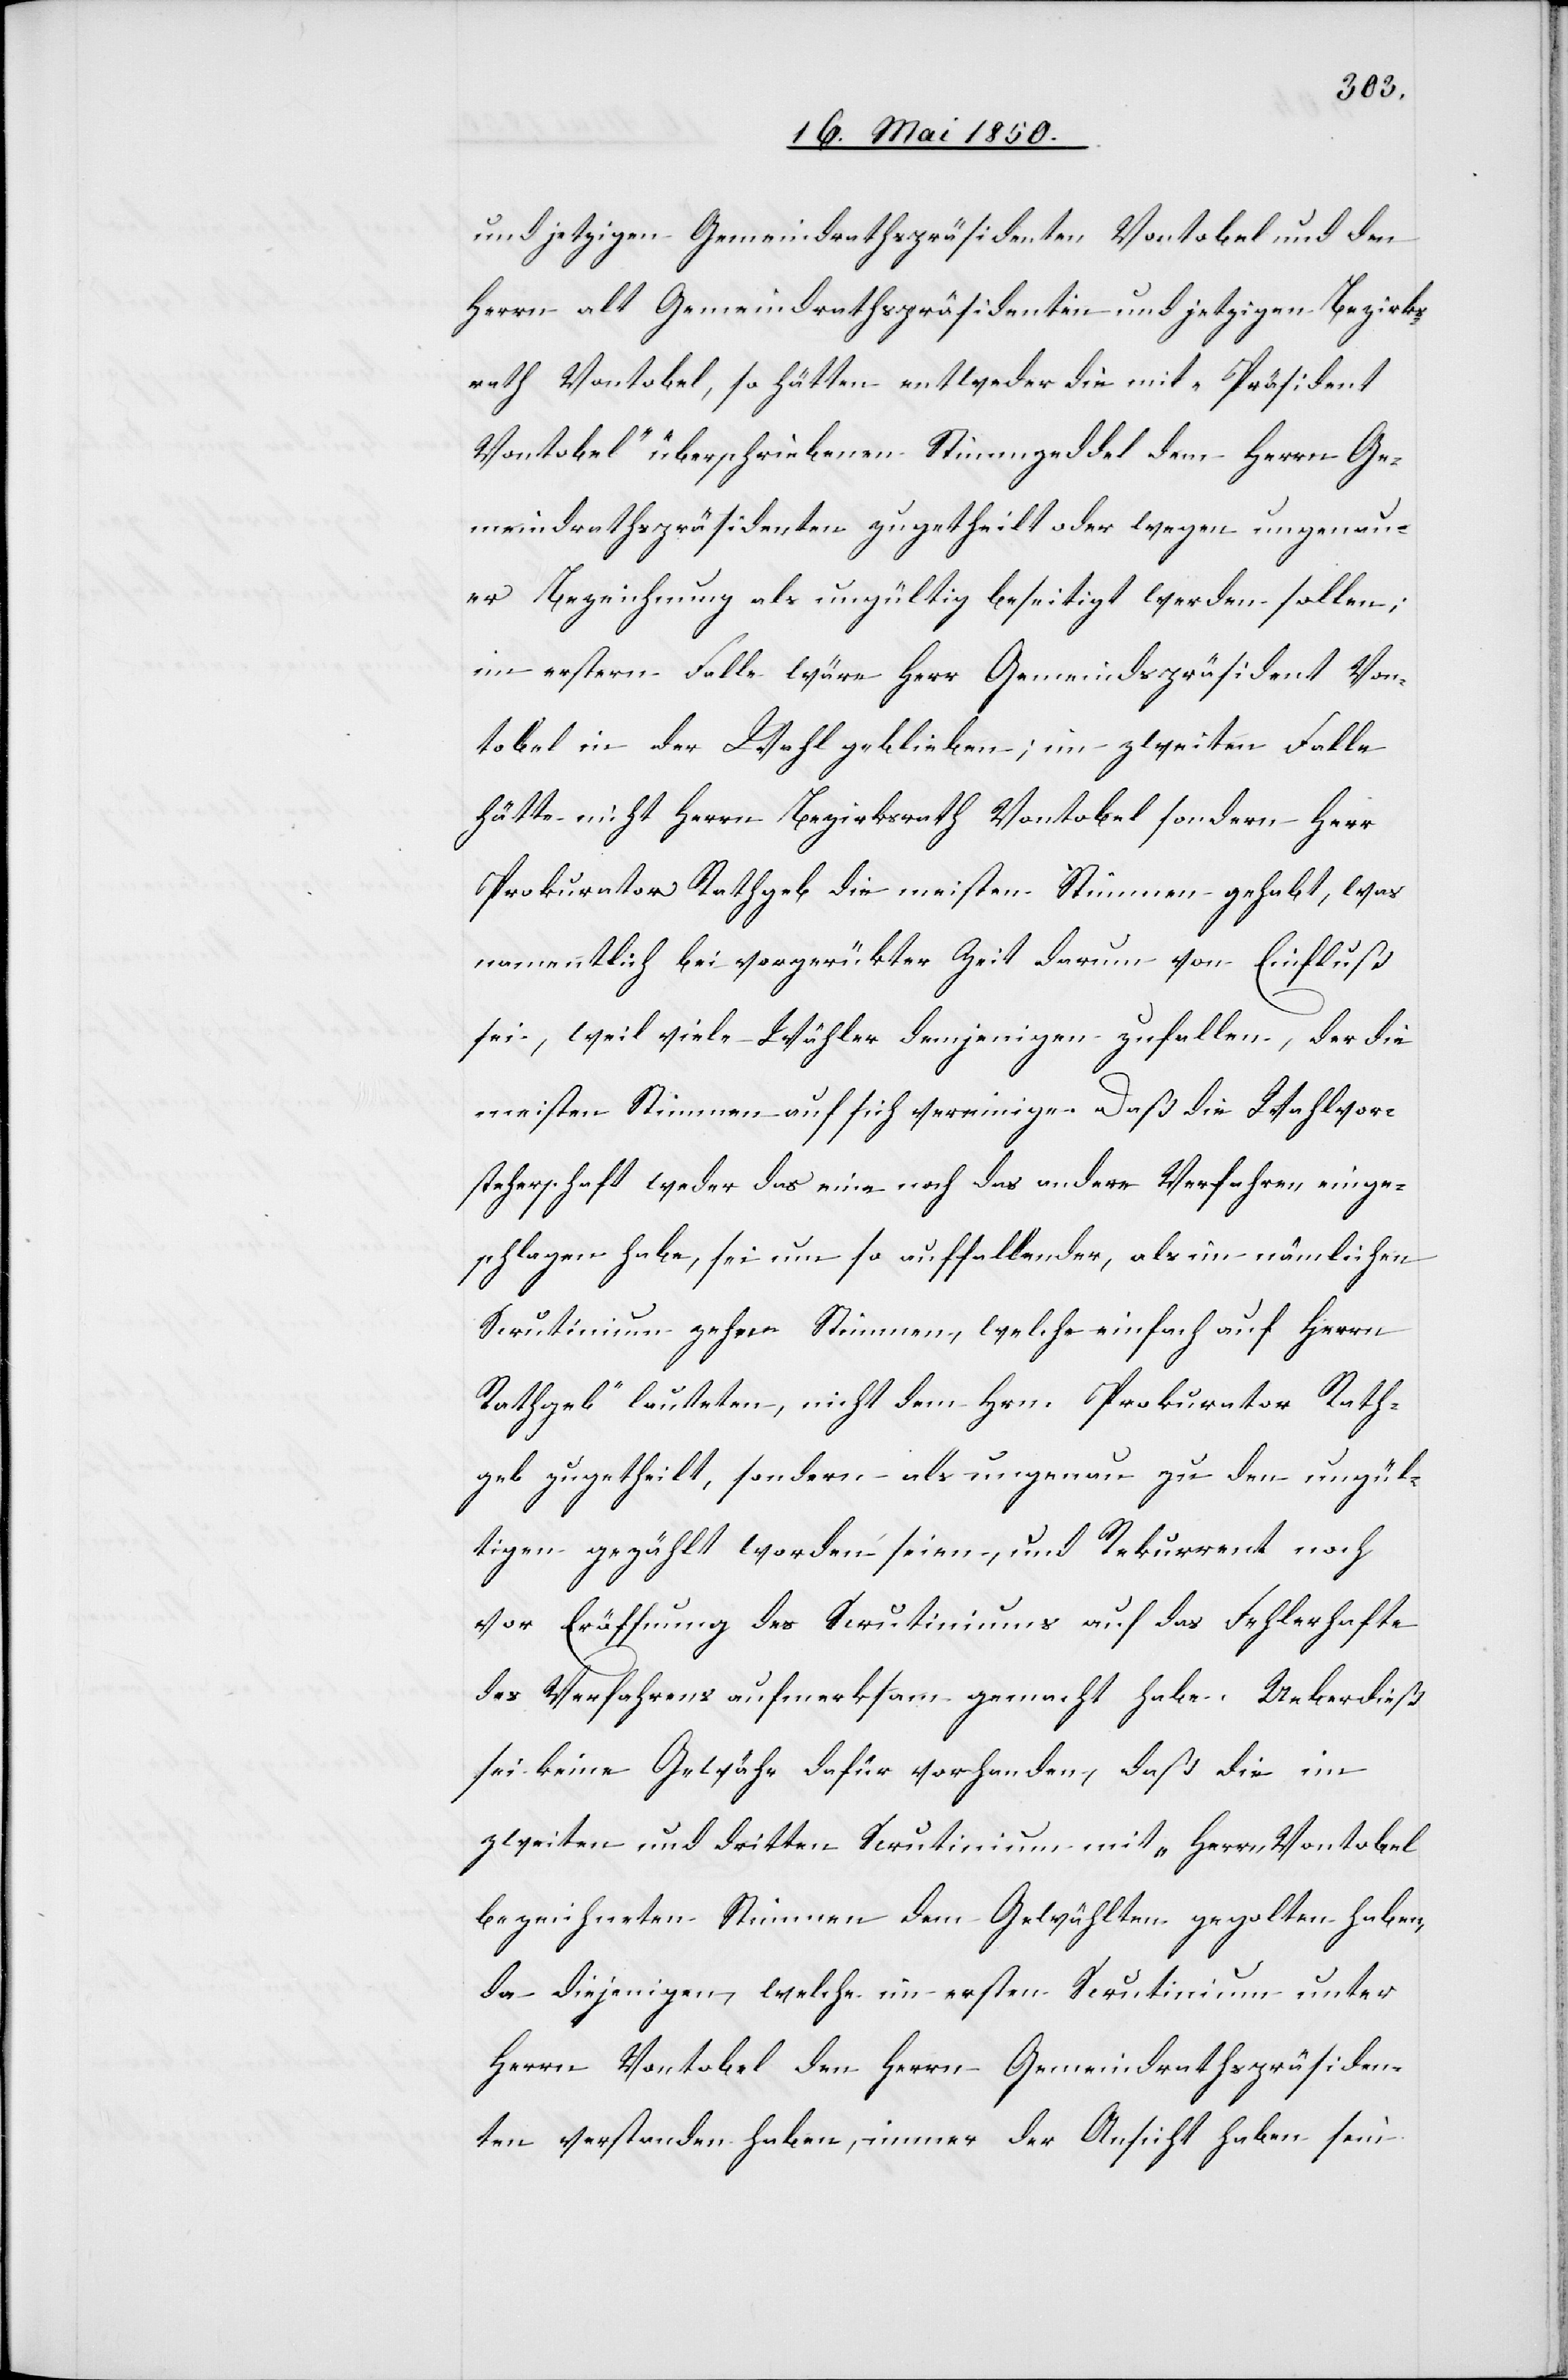
und jetzigen Gemeindrathspräsidenten Vontobel und den
Herrn alt Gemeindrathspräsidenten und jetzigen Bezirks¬
rath Vontobel, so hätten entweder die mit „Präsident
Vontobel“ überschriebenen Stimmzeddel dem Herrn Ge¬
meindrathspräsidenten zugetheilt oder wegen ungenau¬
er Bezeichnung als ungültig beseitigt werden sollen;
im erstern Falle wäre Herr Gemeindspräsident Von¬
tobel in der Wahl geblieben; im zweiten Falle
hätte nicht Herrn Bezirksrath Vontobel sondern Herr
Prokurator Rathgeb die meisten Stimmen gehabt, was
namentlich bei vorgerükter Zeit darum von Einfluß
sei, weil viele Wähler denjenigen zufallen, der die
meisten Stimmen auf sich vereinige. Daß die Wahlvor¬
steherschaft weder das eine noch das andere Verfahren einge¬
schlagen habe, sei um so auffallender, als im nämlichen
Scrutinium zehen Stimmen, welche einfach auf [„]Herrn
Rathgeb“ lauteten, nicht dem Herrn Prokurator Rath¬
geb zugetheilt, sondern als ungenau zu den ungül¬
tigen gezählt worden seien, und Rekurrent noch
vor Eröffnung des Scrutiniums auf das Fehlerhafte
des Verfahrens aufmerksam gemacht habe. Ueberdieß
sei keine Gewähr dafür vorhanden, daß die im
zweiten und dritten Scrutinium mit „Herrn Vontobel[“]
bezeichneten Stimmen dem Gewählten gegolten haben,
da diejenigen, welche im ersten Scrutinium unter
Herrn Vontobel den Herr Gemeindrathspräsiden¬
ten verstanden haben, immer der Ansicht haben sein